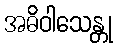
အဓိဝါသေန္တု